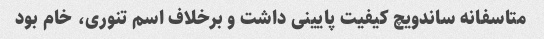
متاسفانه ساندویچ کیفیت پایینی داشت و برخلاف اسم تنوری، خام بود